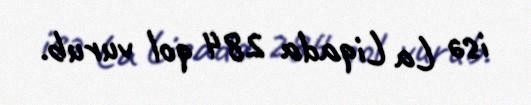
isə La Liqada 284 qol vurub.